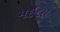
મઇલા